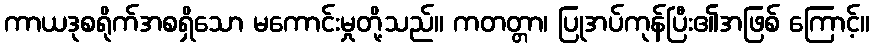
ကာယဒုစရိုက်အစရှိသော မကောင်းမှုတို့သည်။ ကတတ္တာ၊ ပြုအပ်ကုန်ပြီး၏အဖြစ် ကြောင့်။